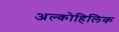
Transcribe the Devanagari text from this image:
अल्कोहिलिक